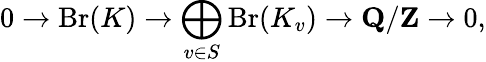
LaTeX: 0\rightarrow{\textrm{Br}}(K)\rightarrow\bigoplus_{v\in S}{\textrm{Br}}(K_{v})\rightarrow\mathbf{Q}/\mathbf{Z}\rightarrow 0,